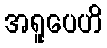
အရူပေဟိ